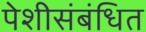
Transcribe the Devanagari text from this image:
पेशीसंबंधित